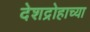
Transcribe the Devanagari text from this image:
देशद्रोहाच्या